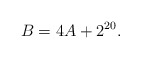
\begin{align*}B = 4A+2^{20}.\end{align*}